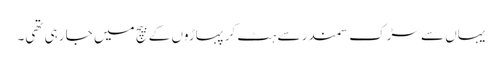
یہاں سے سڑک سمندر سے ہٹ کر پہاڑوں کے بیچ میں جا رہی تھی۔